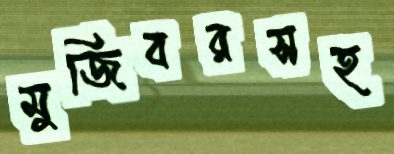
মুজিবরসহ